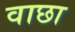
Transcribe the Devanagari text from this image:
वाछा